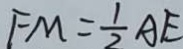
F M = \frac { 1 } { 2 } A E